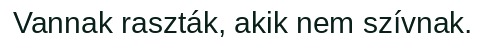
Vannak raszták, akik nem szívnak.